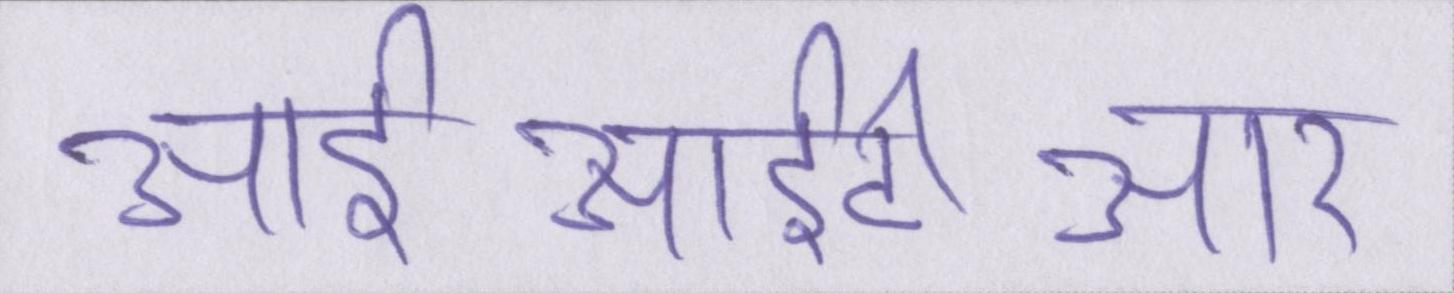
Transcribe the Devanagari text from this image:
आईआईटीआर